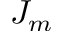
J _ { m }